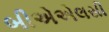
બીએએલસી